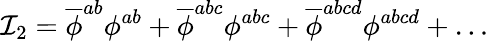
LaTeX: {\cal I}_{2}=\overline{{{\phi}}}^{ab}\phi^{ab}+\overline{{{\phi}}}^{abc}\phi^{abc}+\overline{{{\phi}}}^{abcd}\phi^{abcd}+\ldots